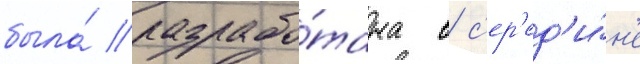
была́ разрабо́тана в с'ер'ед'и́н'е